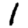
Digit: 1